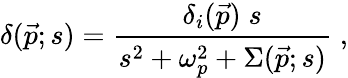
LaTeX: \delta(\vec{p};s)=\frac{\delta_{i}(\vec{p})\; s}{s^{2}+\omega_{p}^{2}+\Sigma(\vec{p};s)}\; ,